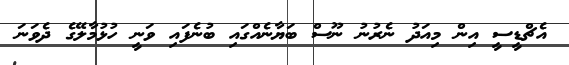
އެޗްޑީީސީ އިން މިއަދު ނެރުނު ނޫސް ބަޔާނެއްގައި ބުނެފައި ވަނީ ހުޅުމާލޭގެ ދެވަނަ